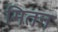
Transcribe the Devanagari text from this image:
मितन